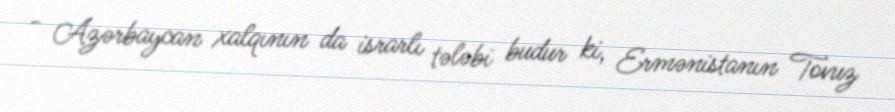
- Azərbaycan xalqının da israrlı tələbi budur ki, Ermənistanın Tovuz